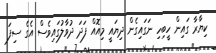
ކިޔާރާ ގައިން ހީބިހި ނަގައިގެން ދިޔައީ މިއޮއް ފަދަ ދުވާލުގައިވެސް އެގެ ސިފަ